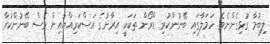
ލިބުމާ ގުޅިގެންނެވެ. ހަމަލާގައި ބޭނުންކުރި ޑްރޯން ތަކަކީ އިރާނުގެ އަސްކަރިއްޔާއިން ވެސް ބޭނުންކުރާ